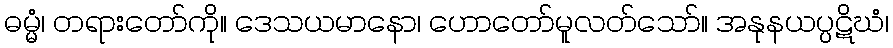
ဓမ္မံ၊ တရားတော်ကို။ ဒေသယမာနော၊ ဟောတော်မူလတ်သော်။ အနုနယပ္ပဋိဃံ၊